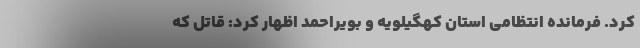
کرد. فرمانده انتظامی استان کهگیلویه و بویراحمد اظهار کرد: قاتل که